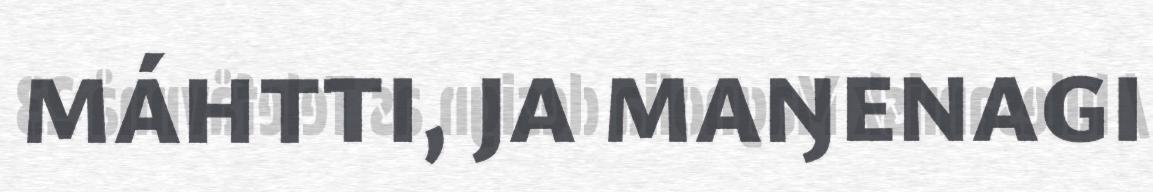
MÁHTTI, JA MAŊENAGI